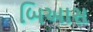
બિઆસ